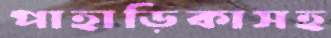
পাহাড়িকাসহ